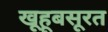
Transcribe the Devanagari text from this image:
खूहूबसूरत